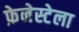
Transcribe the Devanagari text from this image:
फ़ेनेस्टेला